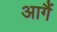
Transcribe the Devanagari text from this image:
आगैं